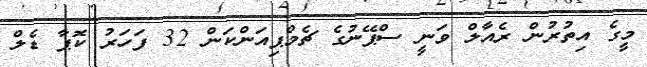
މީގެ އިތުރުން ރެއާލް ވަނީ ސްޕޭނުގެ ޗެމްޕިއަންކަން 32 ފަހަރު ކޮޕާ ޑެލް